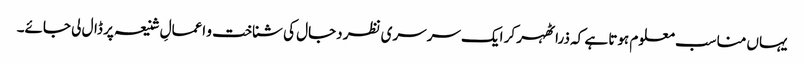
یہاں مناسب معلوم ہوتا ہے کہ ذرا ٹھہر کر ایک سرسری نظر دجال کی شناخت و اعمالِ شنیعہ پر ڈال لی جائے۔